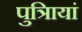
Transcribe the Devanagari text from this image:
पुत्रिायां